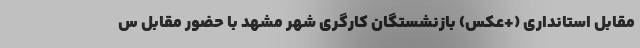
مقابل استانداری (+عکس) بازنشستگان کارگری شهر مشهد با حضور مقابل س